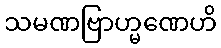
သမဏဗြာဟ္မဏေဟိ